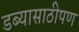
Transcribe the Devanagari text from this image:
डब्यासाठीपण